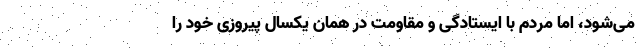
می‌شود، اما مردم با ایستادگی و مقاومت در همان یکسال پیروزی خود را